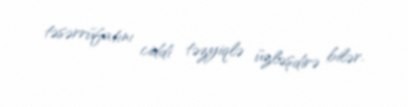
təsərrüfatını ciddi təzyiqlə üzləşdirə bilər.